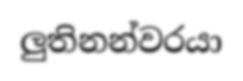
ලුතිනන්වරයා